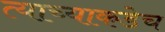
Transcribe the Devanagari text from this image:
त्याच्याकडेच